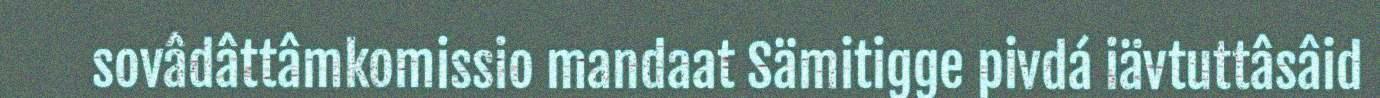
sovâdâttâmkomissio mandaat Sämitigge pivdá iävtuttâsâid